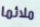
ملائما